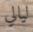
لیالي